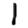
Digit: 1